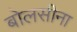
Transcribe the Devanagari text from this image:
बोलसीना